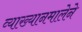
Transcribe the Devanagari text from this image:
व्याख्यानमालेने